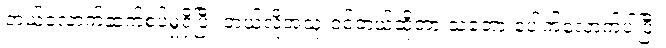
ဘယ်လောက်ဆက်စပ်မှုရှိပြီး ဘယ်လိုအသုံးဝင်တယ်ဆိုတာ သဘော ပေါက်လောက်ပါပြီ။